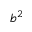
b ^ { 2 }